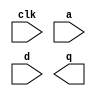
module shift_register_8_var (
  clk, a, d, q
)/* synthesis syn_black_box syn_noprune=1 */;
  input clk;
  input [2 : 0] a;
  input [11 : 0] d;
  output [11 : 0] q;
  
  // synthesis translate_off
  
  wire \\\\\\\\\\\\\\\\U0/i_synth/i_bb_inst/sinit ;
  wire \\\\\\\\\\\\\\\\U0/i_synth/i_bb_inst/ce ;
  wire \\\\\\\\\\\\\\\\NLW_U0/i_synth/i_bb_inst/lls_speed.s3_v2_v4_v5_lls.gen_width[0].gen_depth[0].gen_only.i_lls_only/usecarry32.shreg_Q31_UNCONNECTED ;
  wire \\\\\\\\\\\\\\\\NLW_U0/i_synth/i_bb_inst/lls_speed.s3_v2_v4_v5_lls.gen_width[1].gen_depth[0].gen_only.i_lls_only/usecarry32.shreg_Q31_UNCONNECTED ;
  wire \\\\\\\\\\\\\\\\NLW_U0/i_synth/i_bb_inst/lls_speed.s3_v2_v4_v5_lls.gen_width[2].gen_depth[0].gen_only.i_lls_only/usecarry32.shreg_Q31_UNCONNECTED ;
  wire \\\\\\\\\\\\\\\\NLW_U0/i_synth/i_bb_inst/lls_speed.s3_v2_v4_v5_lls.gen_width[3].gen_depth[0].gen_only.i_lls_only/usecarry32.shreg_Q31_UNCONNECTED ;
  wire \\\\\\\\\\\\\\\\NLW_U0/i_synth/i_bb_inst/lls_speed.s3_v2_v4_v5_lls.gen_width[4].gen_depth[0].gen_only.i_lls_only/usecarry32.shreg_Q31_UNCONNECTED ;
  wire \\\\\\\\\\\\\\\\NLW_U0/i_synth/i_bb_inst/lls_speed.s3_v2_v4_v5_lls.gen_width[5].gen_depth[0].gen_only.i_lls_only/usecarry32.shreg_Q31_UNCONNECTED ;
  wire \\\\\\\\\\\\\\\\NLW_U0/i_synth/i_bb_inst/lls_speed.s3_v2_v4_v5_lls.gen_width[6].gen_depth[0].gen_only.i_lls_only/usecarry32.shreg_Q31_UNCONNECTED ;
  wire \\\\\\\\\\\\\\\\NLW_U0/i_synth/i_bb_inst/lls_speed.s3_v2_v4_v5_lls.gen_width[7].gen_depth[0].gen_only.i_lls_only/usecarry32.shreg_Q31_UNCONNECTED ;
  wire \\\\\\\\\\\\\\\\NLW_U0/i_synth/i_bb_inst/lls_speed.s3_v2_v4_v5_lls.gen_width[8].gen_depth[0].gen_only.i_lls_only/usecarry32.shreg_Q31_UNCONNECTED ;
  wire \\\\\\\\\\\\\\\\NLW_U0/i_synth/i_bb_inst/lls_speed.s3_v2_v4_v5_lls.gen_width[9].gen_depth[0].gen_only.i_lls_only/usecarry32.shreg_Q31_UNCONNECTED ;
  wire \\\\\\\\\\\\\\\\NLW_U0/i_synth/i_bb_inst/lls_speed.s3_v2_v4_v5_lls.gen_width[10].gen_depth[0].gen_only.i_lls_only/usecarry32.shreg_Q31_UNCONNECTED ;
  wire \\\\\\\\\\\\\\\\NLW_U0/i_synth/i_bb_inst/lls_speed.s3_v2_v4_v5_lls.gen_width[11].gen_depth[0].gen_only.i_lls_only/usecarry32.shreg_Q31_UNCONNECTED ;
  wire [11 : 0] \\\\\\\\\\\\\\\\U0/i_synth/i_bb_inst/lls_speed.mux_in ;
  SRLC32E #(
    .INIT ( 32'h00000000 ))
  \\\\\\\\\\\\\\\\U0/i_synth/i_bb_inst/lls_speed.s3_v2_v4_v5_lls.gen_width[0].gen_depth[0].gen_only.i_lls_only/usecarry32.shreg  (
    .CLK(clk),
    .D(d[0]),
    .CE(\\\\\\\\\\\\\\\\U0/i_synth/i_bb_inst/ce ),
    .Q(\\\\\\\\\\\\\\\\U0/i_synth/i_bb_inst/lls_speed.mux_in [0]),
    .Q31(\\\\\\\\\\\\\\\\NLW_U0/i_synth/i_bb_inst/lls_speed.s3_v2_v4_v5_lls.gen_width[0].gen_depth[0].gen_only.i_lls_only/usecarry32.shreg_Q31_UNCONNECTED ),
    .A({\\\\\\\\\\\\\\\\U0/i_synth/i_bb_inst/sinit , \\\\\\\\\\\\\\\\U0/i_synth/i_bb_inst/sinit , a[2], a[1], a[0]})
  );
  SRLC32E #(
    .INIT ( 32'h00000000 ))
  \\\\\\\\\\\\\\\\U0/i_synth/i_bb_inst/lls_speed.s3_v2_v4_v5_lls.gen_width[1].gen_depth[0].gen_only.i_lls_only/usecarry32.shreg  (
    .CLK(clk),
    .D(d[1]),
    .CE(\\\\\\\\\\\\\\\\U0/i_synth/i_bb_inst/ce ),
    .Q(\\\\\\\\\\\\\\\\U0/i_synth/i_bb_inst/lls_speed.mux_in [1]),
    .Q31(\\\\\\\\\\\\\\\\NLW_U0/i_synth/i_bb_inst/lls_speed.s3_v2_v4_v5_lls.gen_width[1].gen_depth[0].gen_only.i_lls_only/usecarry32.shreg_Q31_UNCONNECTED ),
    .A({\\\\\\\\\\\\\\\\U0/i_synth/i_bb_inst/sinit , \\\\\\\\\\\\\\\\U0/i_synth/i_bb_inst/sinit , a[2], a[1], a[0]})
  );
  SRLC32E #(
    .INIT ( 32'h00000000 ))
  \\\\\\\\\\\\\\\\U0/i_synth/i_bb_inst/lls_speed.s3_v2_v4_v5_lls.gen_width[2].gen_depth[0].gen_only.i_lls_only/usecarry32.shreg  (
    .CLK(clk),
    .D(d[2]),
    .CE(\\\\\\\\\\\\\\\\U0/i_synth/i_bb_inst/ce ),
    .Q(\\\\\\\\\\\\\\\\U0/i_synth/i_bb_inst/lls_speed.mux_in [2]),
    .Q31(\\\\\\\\\\\\\\\\NLW_U0/i_synth/i_bb_inst/lls_speed.s3_v2_v4_v5_lls.gen_width[2].gen_depth[0].gen_only.i_lls_only/usecarry32.shreg_Q31_UNCONNECTED ),
    .A({\\\\\\\\\\\\\\\\U0/i_synth/i_bb_inst/sinit , \\\\\\\\\\\\\\\\U0/i_synth/i_bb_inst/sinit , a[2], a[1], a[0]})
  );
  SRLC32E #(
    .INIT ( 32'h00000000 ))
  \\\\\\\\\\\\\\\\U0/i_synth/i_bb_inst/lls_speed.s3_v2_v4_v5_lls.gen_width[3].gen_depth[0].gen_only.i_lls_only/usecarry32.shreg  (
    .CLK(clk),
    .D(d[3]),
    .CE(\\\\\\\\\\\\\\\\U0/i_synth/i_bb_inst/ce ),
    .Q(\\\\\\\\\\\\\\\\U0/i_synth/i_bb_inst/lls_speed.mux_in [3]),
    .Q31(\\\\\\\\\\\\\\\\NLW_U0/i_synth/i_bb_inst/lls_speed.s3_v2_v4_v5_lls.gen_width[3].gen_depth[0].gen_only.i_lls_only/usecarry32.shreg_Q31_UNCONNECTED ),
    .A({\\\\\\\\\\\\\\\\U0/i_synth/i_bb_inst/sinit , \\\\\\\\\\\\\\\\U0/i_synth/i_bb_inst/sinit , a[2], a[1], a[0]})
  );
  SRLC32E #(
    .INIT ( 32'h00000000 ))
  \\\\\\\\\\\\\\\\U0/i_synth/i_bb_inst/lls_speed.s3_v2_v4_v5_lls.gen_width[4].gen_depth[0].gen_only.i_lls_only/usecarry32.shreg  (
    .CLK(clk),
    .D(d[4]),
    .CE(\\\\\\\\\\\\\\\\U0/i_synth/i_bb_inst/ce ),
    .Q(\\\\\\\\\\\\\\\\U0/i_synth/i_bb_inst/lls_speed.mux_in [4]),
    .Q31(\\\\\\\\\\\\\\\\NLW_U0/i_synth/i_bb_inst/lls_speed.s3_v2_v4_v5_lls.gen_width[4].gen_depth[0].gen_only.i_lls_only/usecarry32.shreg_Q31_UNCONNECTED ),
    .A({\\\\\\\\\\\\\\\\U0/i_synth/i_bb_inst/sinit , \\\\\\\\\\\\\\\\U0/i_synth/i_bb_inst/sinit , a[2], a[1], a[0]})
  );
  SRLC32E #(
    .INIT ( 32'h00000000 ))
  \\\\\\\\\\\\\\\\U0/i_synth/i_bb_inst/lls_speed.s3_v2_v4_v5_lls.gen_width[5].gen_depth[0].gen_only.i_lls_only/usecarry32.shreg  (
    .CLK(clk),
    .D(d[5]),
    .CE(\\\\\\\\\\\\\\\\U0/i_synth/i_bb_inst/ce ),
    .Q(\\\\\\\\\\\\\\\\U0/i_synth/i_bb_inst/lls_speed.mux_in [5]),
    .Q31(\\\\\\\\\\\\\\\\NLW_U0/i_synth/i_bb_inst/lls_speed.s3_v2_v4_v5_lls.gen_width[5].gen_depth[0].gen_only.i_lls_only/usecarry32.shreg_Q31_UNCONNECTED ),
    .A({\\\\\\\\\\\\\\\\U0/i_synth/i_bb_inst/sinit , \\\\\\\\\\\\\\\\U0/i_synth/i_bb_inst/sinit , a[2], a[1], a[0]})
  );
  SRLC32E #(
    .INIT ( 32'h00000000 ))
  \\\\\\\\\\\\\\\\U0/i_synth/i_bb_inst/lls_speed.s3_v2_v4_v5_lls.gen_width[6].gen_depth[0].gen_only.i_lls_only/usecarry32.shreg  (
    .CLK(clk),
    .D(d[6]),
    .CE(\\\\\\\\\\\\\\\\U0/i_synth/i_bb_inst/ce ),
    .Q(\\\\\\\\\\\\\\\\U0/i_synth/i_bb_inst/lls_speed.mux_in [6]),
    .Q31(\\\\\\\\\\\\\\\\NLW_U0/i_synth/i_bb_inst/lls_speed.s3_v2_v4_v5_lls.gen_width[6].gen_depth[0].gen_only.i_lls_only/usecarry32.shreg_Q31_UNCONNECTED ),
    .A({\\\\\\\\\\\\\\\\U0/i_synth/i_bb_inst/sinit , \\\\\\\\\\\\\\\\U0/i_synth/i_bb_inst/sinit , a[2], a[1], a[0]})
  );
  SRLC32E #(
    .INIT ( 32'h00000000 ))
  \\\\\\\\\\\\\\\\U0/i_synth/i_bb_inst/lls_speed.s3_v2_v4_v5_lls.gen_width[7].gen_depth[0].gen_only.i_lls_only/usecarry32.shreg  (
    .CLK(clk),
    .D(d[7]),
    .CE(\\\\\\\\\\\\\\\\U0/i_synth/i_bb_inst/ce ),
    .Q(\\\\\\\\\\\\\\\\U0/i_synth/i_bb_inst/lls_speed.mux_in [7]),
    .Q31(\\\\\\\\\\\\\\\\NLW_U0/i_synth/i_bb_inst/lls_speed.s3_v2_v4_v5_lls.gen_width[7].gen_depth[0].gen_only.i_lls_only/usecarry32.shreg_Q31_UNCONNECTED ),
    .A({\\\\\\\\\\\\\\\\U0/i_synth/i_bb_inst/sinit , \\\\\\\\\\\\\\\\U0/i_synth/i_bb_inst/sinit , a[2], a[1], a[0]})
  );
  SRLC32E #(
    .INIT ( 32'h00000000 ))
  \\\\\\\\\\\\\\\\U0/i_synth/i_bb_inst/lls_speed.s3_v2_v4_v5_lls.gen_width[8].gen_depth[0].gen_only.i_lls_only/usecarry32.shreg  (
    .CLK(clk),
    .D(d[8]),
    .CE(\\\\\\\\\\\\\\\\U0/i_synth/i_bb_inst/ce ),
    .Q(\\\\\\\\\\\\\\\\U0/i_synth/i_bb_inst/lls_speed.mux_in [8]),
    .Q31(\\\\\\\\\\\\\\\\NLW_U0/i_synth/i_bb_inst/lls_speed.s3_v2_v4_v5_lls.gen_width[8].gen_depth[0].gen_only.i_lls_only/usecarry32.shreg_Q31_UNCONNECTED ),
    .A({\\\\\\\\\\\\\\\\U0/i_synth/i_bb_inst/sinit , \\\\\\\\\\\\\\\\U0/i_synth/i_bb_inst/sinit , a[2], a[1], a[0]})
  );
  SRLC32E #(
    .INIT ( 32'h00000000 ))
  \\\\\\\\\\\\\\\\U0/i_synth/i_bb_inst/lls_speed.s3_v2_v4_v5_lls.gen_width[9].gen_depth[0].gen_only.i_lls_only/usecarry32.shreg  (
    .CLK(clk),
    .D(d[9]),
    .CE(\\\\\\\\\\\\\\\\U0/i_synth/i_bb_inst/ce ),
    .Q(\\\\\\\\\\\\\\\\U0/i_synth/i_bb_inst/lls_speed.mux_in [9]),
    .Q31(\\\\\\\\\\\\\\\\NLW_U0/i_synth/i_bb_inst/lls_speed.s3_v2_v4_v5_lls.gen_width[9].gen_depth[0].gen_only.i_lls_only/usecarry32.shreg_Q31_UNCONNECTED ),
    .A({\\\\\\\\\\\\\\\\U0/i_synth/i_bb_inst/sinit , \\\\\\\\\\\\\\\\U0/i_synth/i_bb_inst/sinit , a[2], a[1], a[0]})
  );
  SRLC32E #(
    .INIT ( 32'h00000000 ))
  \\\\\\\\\\\\\\\\U0/i_synth/i_bb_inst/lls_speed.s3_v2_v4_v5_lls.gen_width[10].gen_depth[0].gen_only.i_lls_only/usecarry32.shreg  (
    .CLK(clk),
    .D(d[10]),
    .CE(\\\\\\\\\\\\\\\\U0/i_synth/i_bb_inst/ce ),
    .Q(\\\\\\\\\\\\\\\\U0/i_synth/i_bb_inst/lls_speed.mux_in [10]),
    .Q31(\\\\\\\\\\\\\\\\NLW_U0/i_synth/i_bb_inst/lls_speed.s3_v2_v4_v5_lls.gen_width[10].gen_depth[0].gen_only.i_lls_only/usecarry32.shreg_Q31_UNCONNECTED ),
    .A({\\\\\\\\\\\\\\\\U0/i_synth/i_bb_inst/sinit , \\\\\\\\\\\\\\\\U0/i_synth/i_bb_inst/sinit , a[2], a[1], a[0]})
  );
  SRLC32E #(
    .INIT ( 32'h00000000 ))
  \\\\\\\\\\\\\\\\U0/i_synth/i_bb_inst/lls_speed.s3_v2_v4_v5_lls.gen_width[11].gen_depth[0].gen_only.i_lls_only/usecarry32.shreg  (
    .CLK(clk),
    .D(d[11]),
    .CE(\\\\\\\\\\\\\\\\U0/i_synth/i_bb_inst/ce ),
    .Q(\\\\\\\\\\\\\\\\U0/i_synth/i_bb_inst/lls_speed.mux_in [11]),
    .Q31(\\\\\\\\\\\\\\\\NLW_U0/i_synth/i_bb_inst/lls_speed.s3_v2_v4_v5_lls.gen_width[11].gen_depth[0].gen_only.i_lls_only/usecarry32.shreg_Q31_UNCONNECTED ),
    .A({\\\\\\\\\\\\\\\\U0/i_synth/i_bb_inst/sinit , \\\\\\\\\\\\\\\\U0/i_synth/i_bb_inst/sinit , a[2], a[1], a[0]})
  );
  FD #(
    .INIT ( 1'b0 ))
  \\\\\\\\\\\\\\\\U0/i_synth/i_bb_inst/gen_output_regs.output_regs/fd/output_1  (
    .C(clk),
    .D(\\\\\\\\\\\\\\\\U0/i_synth/i_bb_inst/lls_speed.mux_in [0]),
    .Q(q[0])
  );
  FD #(
    .INIT ( 1'b0 ))
  \\\\\\\\\\\\\\\\U0/i_synth/i_bb_inst/gen_output_regs.output_regs/fd/output_2  (
    .C(clk),
    .D(\\\\\\\\\\\\\\\\U0/i_synth/i_bb_inst/lls_speed.mux_in [1]),
    .Q(q[1])
  );
  FD #(
    .INIT ( 1'b0 ))
  \\\\\\\\\\\\\\\\U0/i_synth/i_bb_inst/gen_output_regs.output_regs/fd/output_3  (
    .C(clk),
    .D(\\\\\\\\\\\\\\\\U0/i_synth/i_bb_inst/lls_speed.mux_in [2]),
    .Q(q[2])
  );
  FD #(
    .INIT ( 1'b0 ))
  \\\\\\\\\\\\\\\\U0/i_synth/i_bb_inst/gen_output_regs.output_regs/fd/output_4  (
    .C(clk),
    .D(\\\\\\\\\\\\\\\\U0/i_synth/i_bb_inst/lls_speed.mux_in [3]),
    .Q(q[3])
  );
  FD #(
    .INIT ( 1'b0 ))
  \\\\\\\\\\\\\\\\U0/i_synth/i_bb_inst/gen_output_regs.output_regs/fd/output_5  (
    .C(clk),
    .D(\\\\\\\\\\\\\\\\U0/i_synth/i_bb_inst/lls_speed.mux_in [4]),
    .Q(q[4])
  );
  FD #(
    .INIT ( 1'b0 ))
  \\\\\\\\\\\\\\\\U0/i_synth/i_bb_inst/gen_output_regs.output_regs/fd/output_6  (
    .C(clk),
    .D(\\\\\\\\\\\\\\\\U0/i_synth/i_bb_inst/lls_speed.mux_in [5]),
    .Q(q[5])
  );
  FD #(
    .INIT ( 1'b0 ))
  \\\\\\\\\\\\\\\\U0/i_synth/i_bb_inst/gen_output_regs.output_regs/fd/output_7  (
    .C(clk),
    .D(\\\\\\\\\\\\\\\\U0/i_synth/i_bb_inst/lls_speed.mux_in [6]),
    .Q(q[6])
  );
  FD #(
    .INIT ( 1'b0 ))
  \\\\\\\\\\\\\\\\U0/i_synth/i_bb_inst/gen_output_regs.output_regs/fd/output_8  (
    .C(clk),
    .D(\\\\\\\\\\\\\\\\U0/i_synth/i_bb_inst/lls_speed.mux_in [7]),
    .Q(q[7])
  );
  FD #(
    .INIT ( 1'b0 ))
  \\\\\\\\\\\\\\\\U0/i_synth/i_bb_inst/gen_output_regs.output_regs/fd/output_9  (
    .C(clk),
    .D(\\\\\\\\\\\\\\\\U0/i_synth/i_bb_inst/lls_speed.mux_in [8]),
    .Q(q[8])
  );
  FD #(
    .INIT ( 1'b0 ))
  \\\\\\\\\\\\\\\\U0/i_synth/i_bb_inst/gen_output_regs.output_regs/fd/output_10  (
    .C(clk),
    .D(\\\\\\\\\\\\\\\\U0/i_synth/i_bb_inst/lls_speed.mux_in [9]),
    .Q(q[9])
  );
  FD #(
    .INIT ( 1'b0 ))
  \\\\\\\\\\\\\\\\U0/i_synth/i_bb_inst/gen_output_regs.output_regs/fd/output_11  (
    .C(clk),
    .D(\\\\\\\\\\\\\\\\U0/i_synth/i_bb_inst/lls_speed.mux_in [10]),
    .Q(q[10])
  );
  FD #(
    .INIT ( 1'b0 ))
  \\\\\\\\\\\\\\\\U0/i_synth/i_bb_inst/gen_output_regs.output_regs/fd/output_12  (
    .C(clk),
    .D(\\\\\\\\\\\\\\\\U0/i_synth/i_bb_inst/lls_speed.mux_in [11]),
    .Q(q[11])
  );
  GND   \\\\\\\\\\\\\\\\U0/i_synth/i_bb_inst/XST_GND  (
    .G(\\\\\\\\\\\\\\\\U0/i_synth/i_bb_inst/sinit )
  );
  VCC   \\\\\\\\\\\\\\\\U0/i_synth/i_bb_inst/XST_VCC  (
    .P(\\\\\\\\\\\\\\\\U0/i_synth/i_bb_inst/ce )
  );

// synthesis translate_on

endmodule